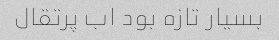
بسیار تازه بود اب پرتقال